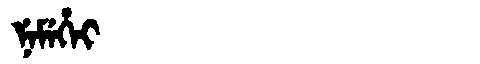
Manchu: ᠨᡝᠮᡝᡥᡝᡳ
Romanization: NEMEHEI